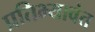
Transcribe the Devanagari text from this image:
प्रतिभ्यावंत